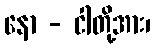
နော - ငါတို့အား၊